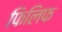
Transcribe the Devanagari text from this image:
फिलिफ